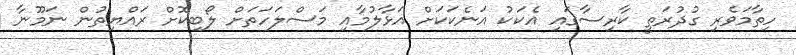
ހިތާމަވެރި ގުދުރަތީ ކާރިސާގައި އެކަކު އަނެކަކަށް އަޅާލުމާއި މަސްލަހަތަށް ލޯބިކޮށް ރައްޔިތުން ނަމޫނާ